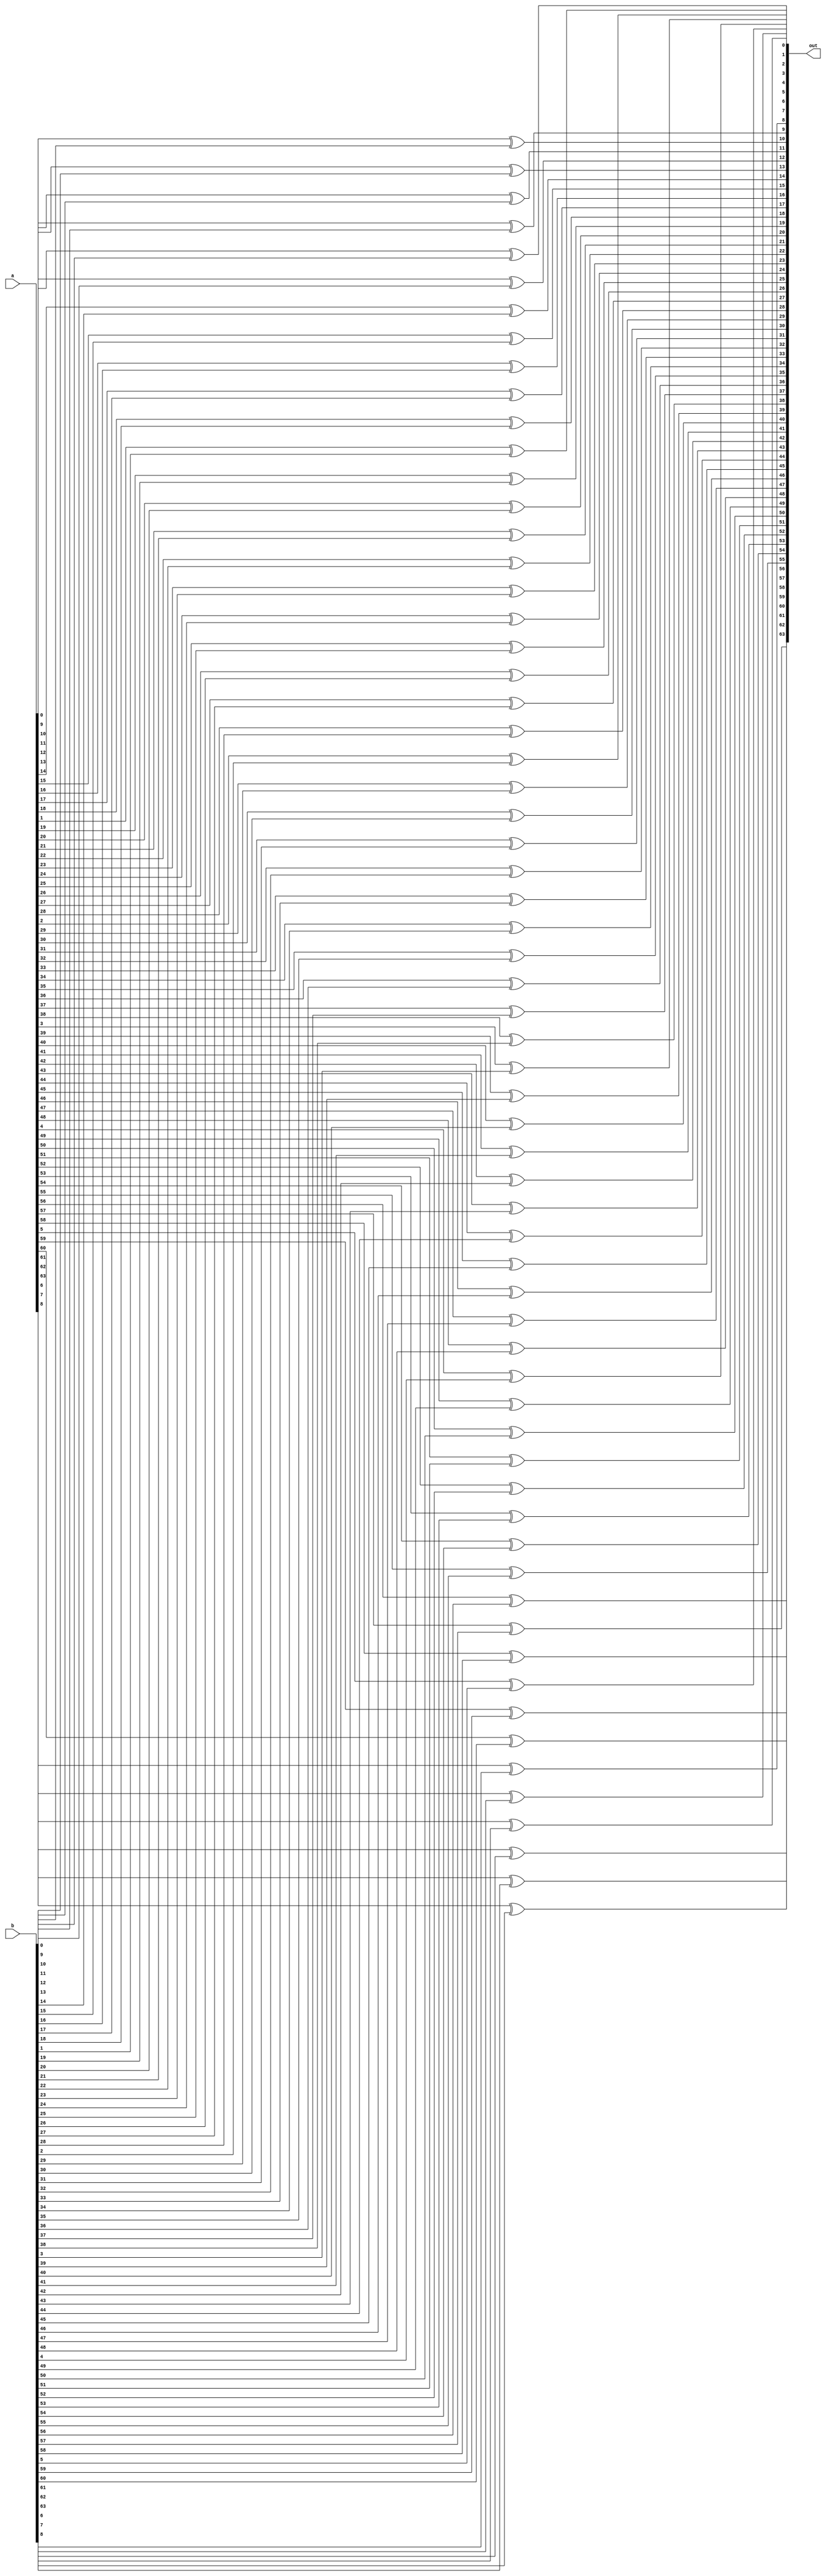
module xora(out, a, b);
    input signed [63:0] a;
    input signed [63:0] b;
    output signed [63:0] out;
    
    genvar k;
    for(k=0;k<64;k=k+1)
    begin
        xor XOR(out[k], a[k], b[k]);
    end
endmodule